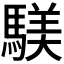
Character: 𫘑